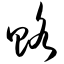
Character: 赂